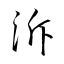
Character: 泝